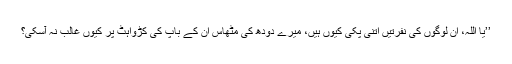
’’یا اللہ، ان لوگوں کی نفرتیں اتنی پکی کیوں ہیں، میرے دودھ کی مٹھاس ان کے باپ کی کڑواہٹ پر کیوں غالب نہ آسکی؟